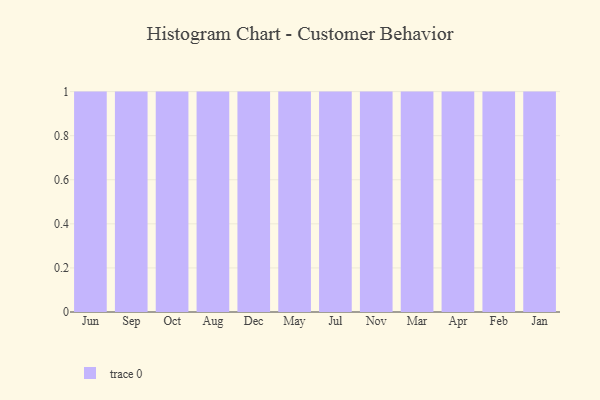
{"axis": {"x": "Month", "y": "Bounce Rate (%)"}, "legend": [""], "data": [{"x": "Jun", "y": 59, "type": ""}, {"x": "Sep", "y": 63, "type": ""}, {"x": "Oct", "y": 15, "type": ""}, {"x": "Aug", "y": 62, "type": ""}, {"x": "Dec", "y": 96, "type": ""}, {"x": "May", "y": 85, "type": ""}, {"x": "Jul", "y": 90, "type": ""}, {"x": "Nov", "y": 3, "type": ""}, {"x": "Mar", "y": 13, "type": ""}, {"x": "Apr", "y": 16, "type": ""}, {"x": "Feb", "y": 19, "type": ""}, {"x": "Jan", "y": 44, "type": ""}]}